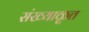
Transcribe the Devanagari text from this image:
संख्याकृत